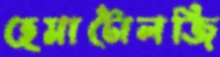
হেমাটোলজি